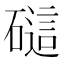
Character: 𰧟